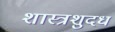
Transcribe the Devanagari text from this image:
शास्त्रशुदध